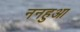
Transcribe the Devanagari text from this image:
ननहुआ